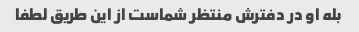
بله او در دفترش منتظر شماست از این طریق لطفا